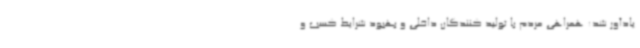
یادآور شد: همراهی مردم با تولید کنندگان داخلی و بهبود شرایط کسب و